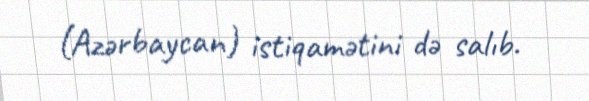
(Azərbaycan) istiqamətini də salıb.